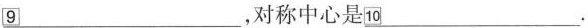
\underline{9} _，对称中心是\underline{10} .